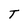
Character: T